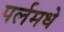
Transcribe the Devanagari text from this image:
पर्लमधे